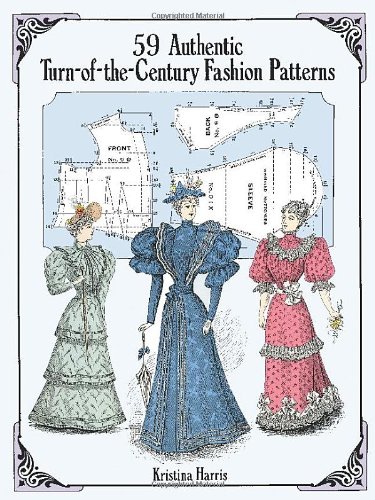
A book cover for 59 Authentic Turn-of-the-Century Fashion Patterns (Dover Fashion and Costumes); Kristina Harris; Crafts, Hobbies & Home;